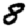
Digit: 8